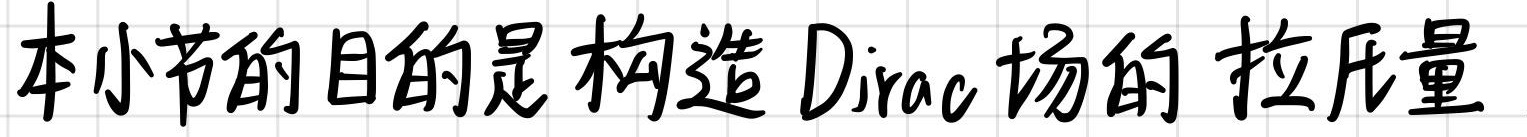
本小节的目的是构造 Dirac 场的拉氏量